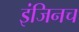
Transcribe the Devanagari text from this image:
इंजिनच